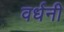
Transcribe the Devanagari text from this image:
वर्धनी